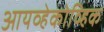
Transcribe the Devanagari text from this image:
आयव्हेकोव्हिक